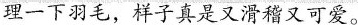
理一下羽毛，样子真是又滑稽又可爱。